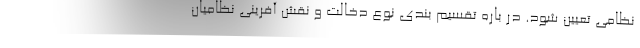
نظامی تعیین شود. در باره تقسیم بندی نوع دخالت و نقش آفرینی نظامیان